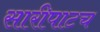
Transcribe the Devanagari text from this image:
सारीपाटच